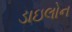
ડાઇલોન